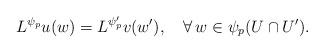
LaTeX: \begin{align*}L^{\psi_p} u(w) = L^{\psi'_p}v(w'),\quad\forall\, w\in \psi_p(U\cap U').\end{align*}